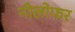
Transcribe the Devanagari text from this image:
नीलोफर